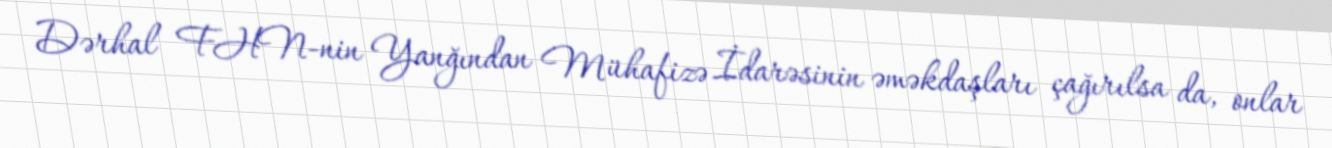
Dərhal FHN-nin Yanğından Mühafizə İdarəsinin əməkdaşları çağırılsa da, onlar